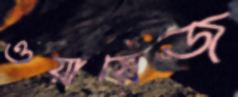
ওয়ায়েজ